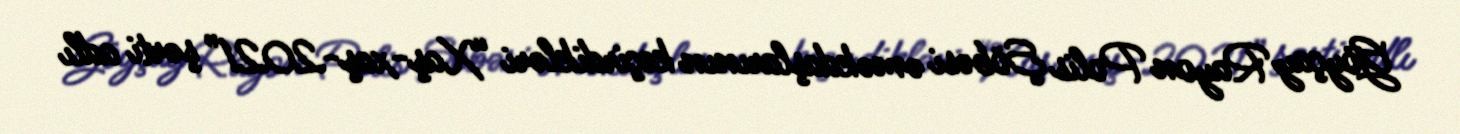
Göyçay Rayon Polis Şöbəsi əməkdaşlarının keçirdikləri “Xaş-xaş-2021” şərti adlı